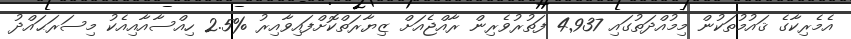
އެމެރިކާގެ ޤައުމުތަކުން މިމުއްދަތުގައި 4